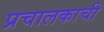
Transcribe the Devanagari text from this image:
प्रचालकाची